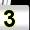
Digit: 3